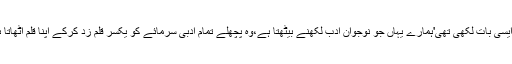
حسن عسکری نے اپنی کہانیوں کے مجموعے کے اختتامیہ میں کچھ ایسی بات لکھی تھی'ہمارے یہاں جو نوجوان ادب لکھنے بیٹھتا ہے،وہ پچھلے تمام ادبی سرمائے کو یکسر قلم زد کرکے اپنا قلم اٹھاتا ہے، اور سمجھتا ہے کہ ادب تو وہی کچھ ہے جو وہ تخلیق کررہا ہے'۔